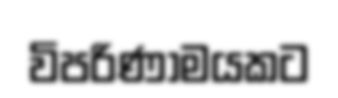
විපරිණාමයකට